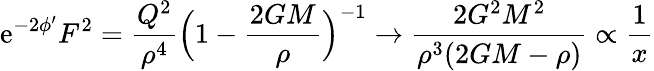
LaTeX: \mathrm{e}^{-2\phi^{\prime}}F^{2}=\frac{{Q^{2}}}{{\rho^{4}}}\Bigl(1-\frac{{2GM}}{{\rho}}\Bigr)^{-1}\rightarrow\frac{{2G^{2}M^{2}}}{{\rho^{3}(2GM-\rho)}}\propto\frac{{1}}{{x}}